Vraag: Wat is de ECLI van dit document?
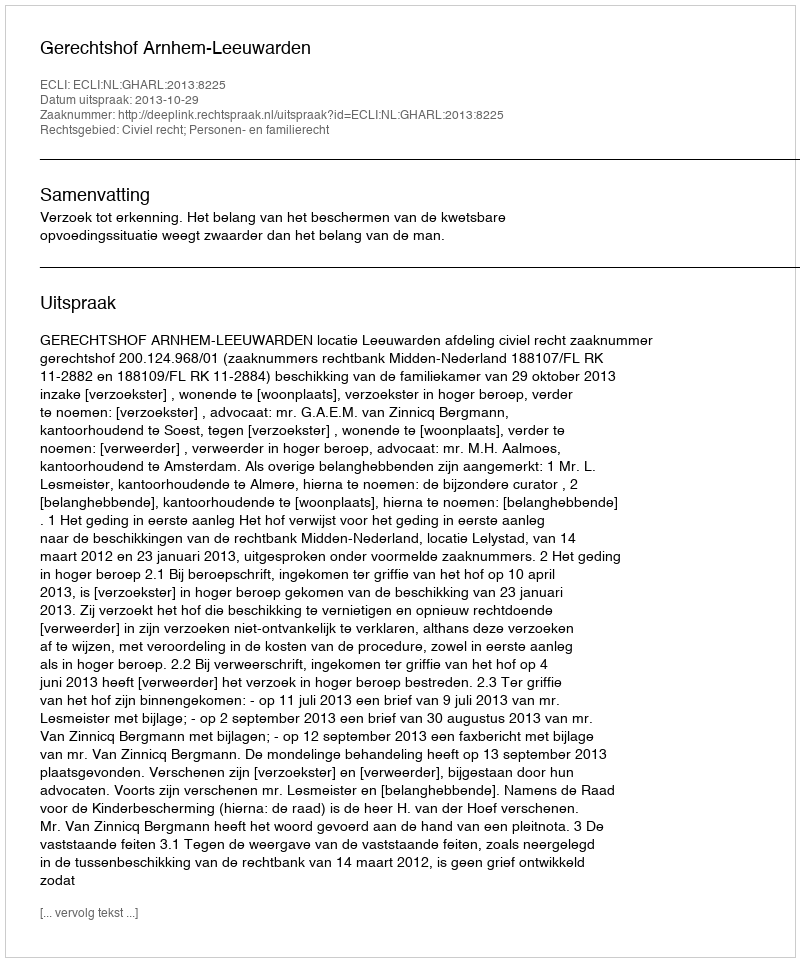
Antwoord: ECLI:NL:GHARL:2013:8225